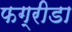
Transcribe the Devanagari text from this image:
फग्रीडा